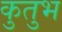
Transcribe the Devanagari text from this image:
कुतुभ